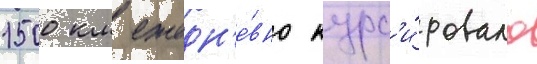
1500 км ежедн'е́вно курс'и́ровало